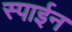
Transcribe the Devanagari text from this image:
स्पाईन